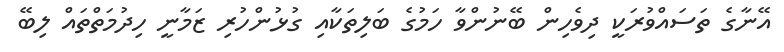
އޭނާގެ ތަސައްވުރަކީ ދިވެހިން ބޭނުންވާ ހަމުގެ ބަލިތަކާއި ގުޅުންހުރި ޒަމާނީ ހިދުމަތްތައް ލިބޭ